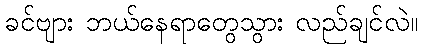
ခင်ဗျား ဘယ်နေရာတွေသွား လည်ချင်လဲ။